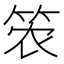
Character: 𮅎